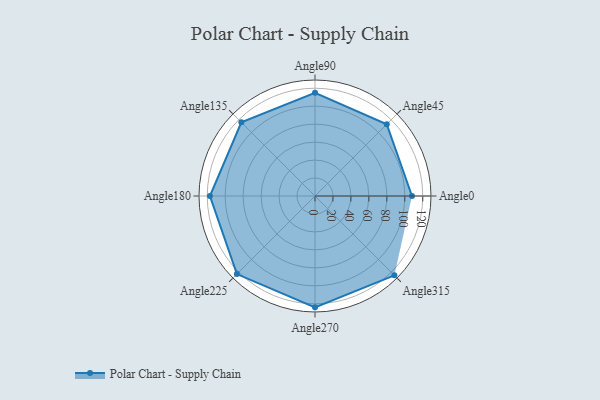
{"axis": {"x": "Angle", "y": "Radius"}, "legend": [""], "data": [{"x": "Angle0", "y": 108.0, "type": ""}, {"x": "Angle45", "y": 113.0, "type": ""}, {"x": "Angle90", "y": 115.0, "type": ""}, {"x": "Angle135", "y": 116.0, "type": ""}, {"x": "Angle180", "y": 117.0, "type": ""}, {"x": "Angle225", "y": 123.0, "type": ""}, {"x": "Angle270", "y": 124.0, "type": ""}, {"x": "Angle315", "y": 125.0, "type": ""}]}